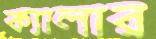
ক্যালার